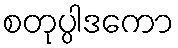
စတုပ္ပါဒကော